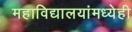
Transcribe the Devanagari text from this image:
महाविद्यालयांमध्येही